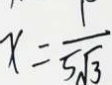
x = \frac { 1 } { 5 \sqrt { 3 } }